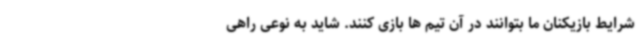
شرایط بازیکنان ما بتوانند در آن تیم ها بازی کنند. شاید به نوعی راهی